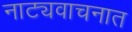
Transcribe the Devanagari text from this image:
नाट्यवाचनात